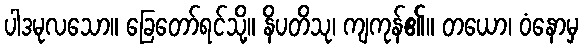
ပါဒမုလသော။ ခြေတော်ရင်သို့။ နိပတိသု၊ ကျကုန်၏။ တယော၊ ဝံနောမှ